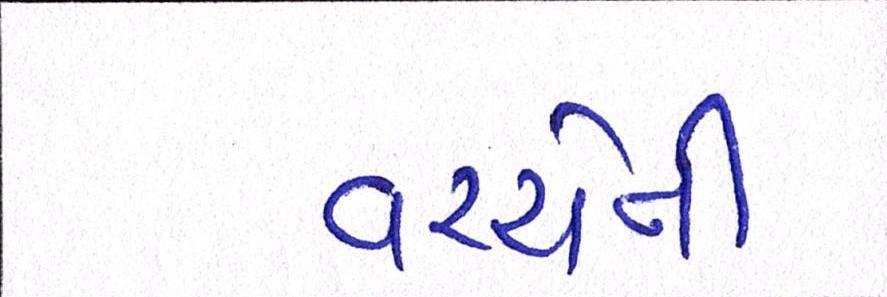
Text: વચ્ચેની